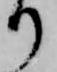
り